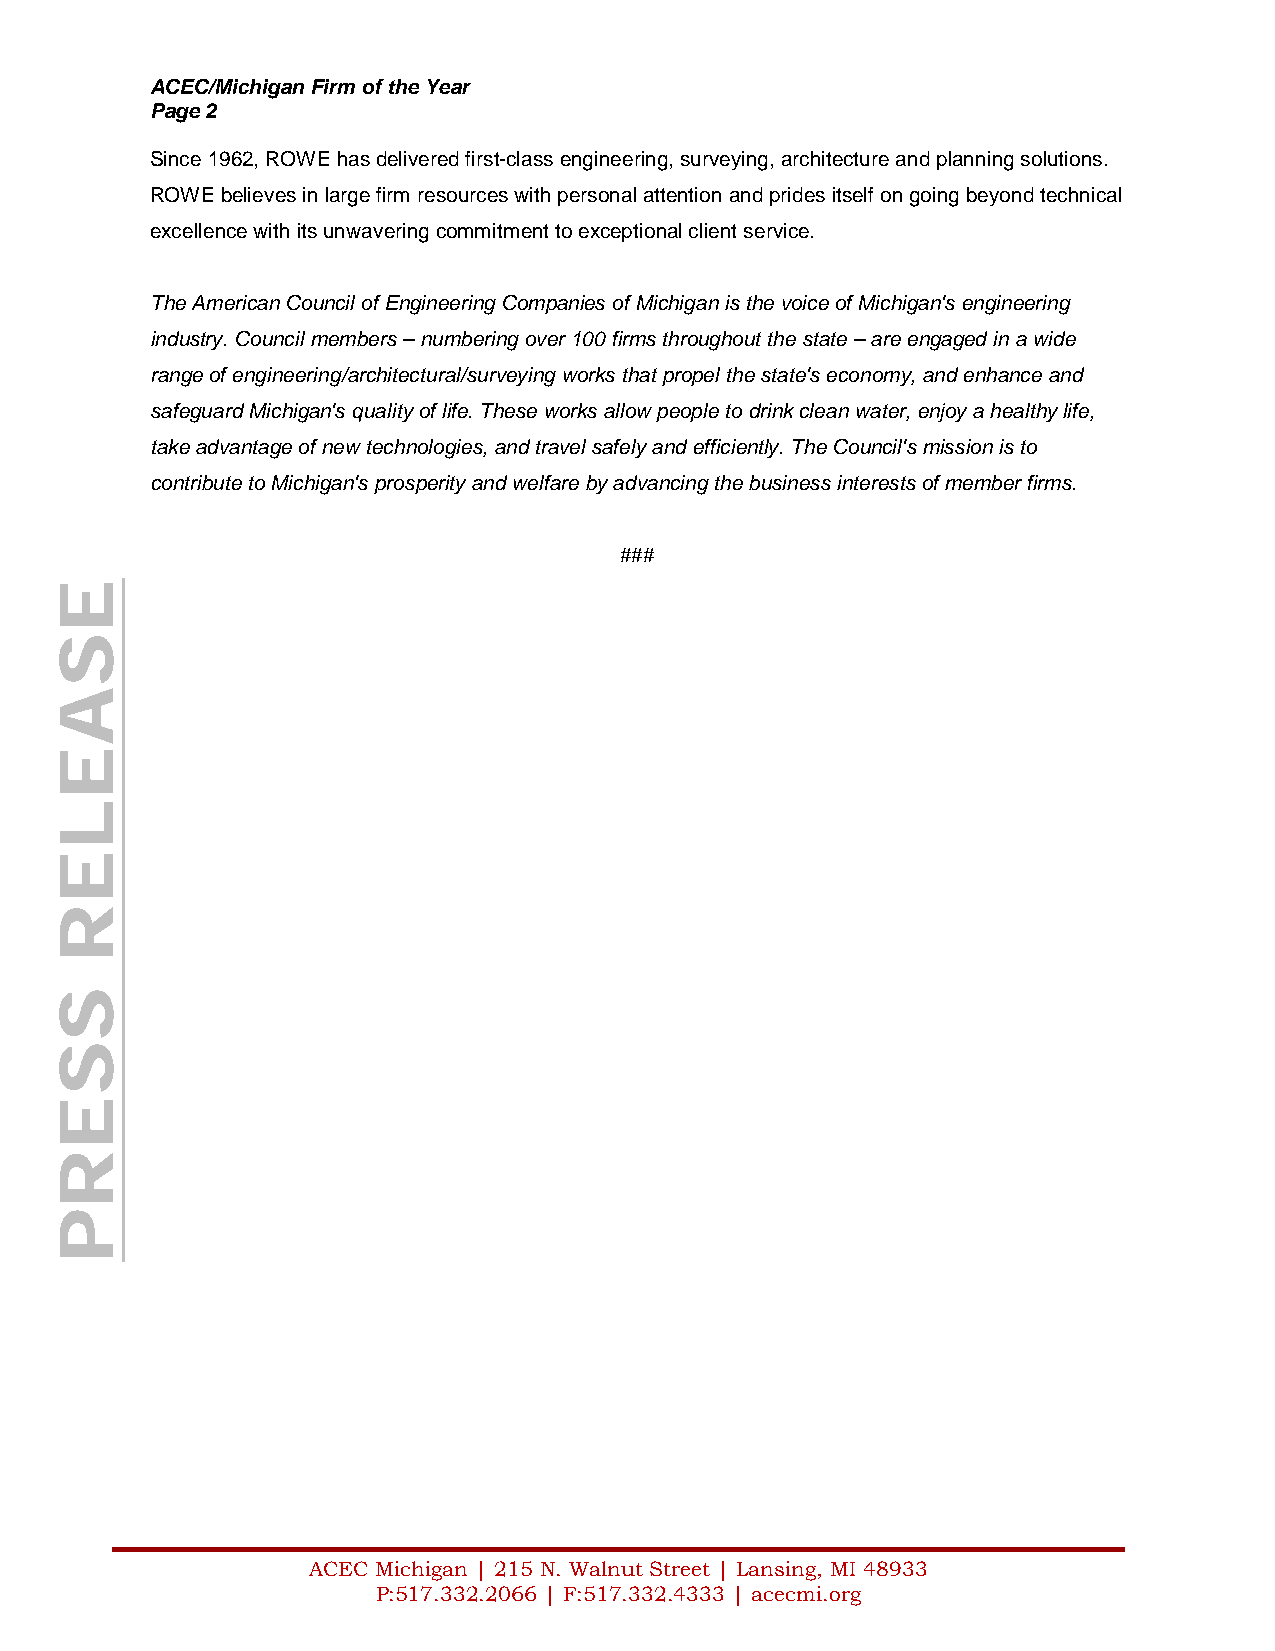
ACEC/Michigan Firm of the Year
 Page 2
 Since 1962, ROWE has delivered first-class engineering, surveying, architecture and planning solutions.
 ROWE believes in large firm resources with personal attention and prides itself on going beyond technical
 excellence with its unwavering commitment to exceptional client service.
 The American Council of Engineering Companies of Michigan is the voice of Michigan's engineering
 industry. Council members – numbering over 100 firms throughout the state – are engaged in a wide
 range of engineering/architectural/surveying works that propel the state's economy, and enhance and
 safeguard Michigan's quality of life. These works allow people to drink clean water, enjoy a healthy life,
 take advantage of new technologies, and travel safely and efficiently. The Council's mission is to
 contribute to Michigan's prosperity and welfare by advancing the business interests of member firms.
 ###
 ACEC Michigan | 215 N. Walnut Street | Lansing, MI 48933
 P:517.332.2066 | F:517.332.4333 | acecmi.org
 ESAELER
 SSERP